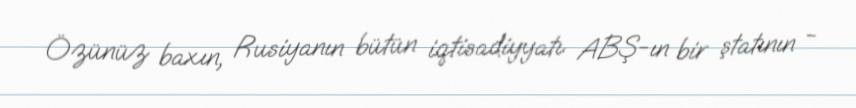
Özünüz baxın, Rusiyanın bütün iqtisadiyyatı ABŞ-ın bir ştatının -